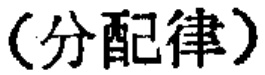
（分配律）